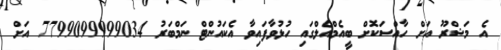
އެ މަޝްރޫ އަށް ހާއްސަކޮށް ބީއެމްއެލްގައި ހުޅުވާފައިވާ އެކައުންޓް ނަމްބަރު 7799099999034 އަށް